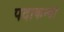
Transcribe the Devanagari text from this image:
पदाकन्दा